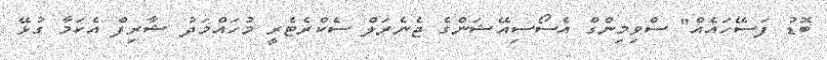
ބޮޑު ފަސޭހައެއް" ސްވިމިންގް އެސޯސިއޭޝަންގެ ޖެނެރަލް ސެކްރެޓެރީ މުހައްމަދު ޝާރިފް އެކަމާ ގުޅޭ